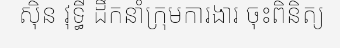
ស៊ិន វុទ្ធី ដឹកនាំក្រុមការងារ ចុះពិនិត្យ